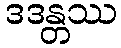
ဒဒန္တဿ